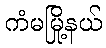
ကံမမြို့နယ်